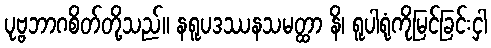
ပုဗ္ဗဘာဂစိတ်တို့သည်။ နရူပဒဿနသမတ္ထာ နိ၊ ရူပါရုံကိုမြင်ခြင်းငှါ